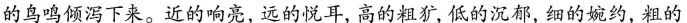
的鸟鸣倾泻下来。近的响亮，远的悦耳，高的粗犷，低的沉郁，细的婉约，粗的